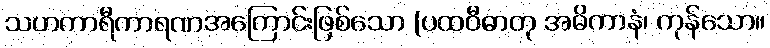
သဟကာရီကာရဏအကြောင်းဖြစ်သော (ပထဝီဓာတု အဓိကာနံ၊ ကုန်သော။